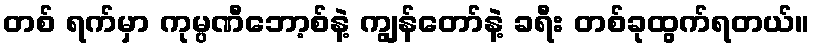
တစ် ရက်မှာ ကုမ္ပဏီဘော့စ်နဲ့ ကျွန်တော်နဲ့ ခရီး တစ်ခုထွက်ရတယ်။